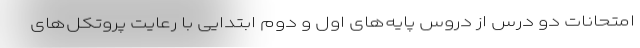
امتحانات دو درس از دروس پایه‌های اول و دوم ابتدایی با رعایت پروتکل‌های